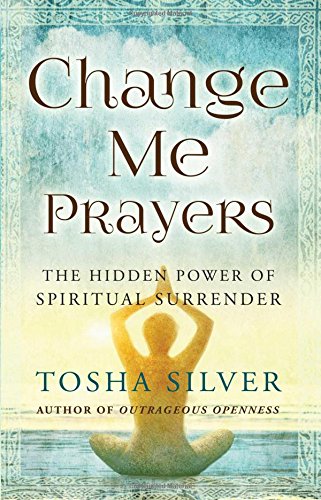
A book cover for Change Me Prayers: The Hidden Power of Spiritual Surrender; Tosha Silver; Self-Help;